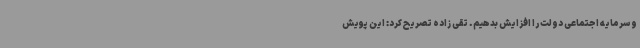
و سرمایه اجتماعی دولت را افزایش بدهیم. تقی زاده تصریح کرد: این پویش